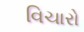
વિચારો